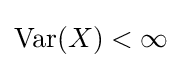
\operatorname {Var} (X)<\infty